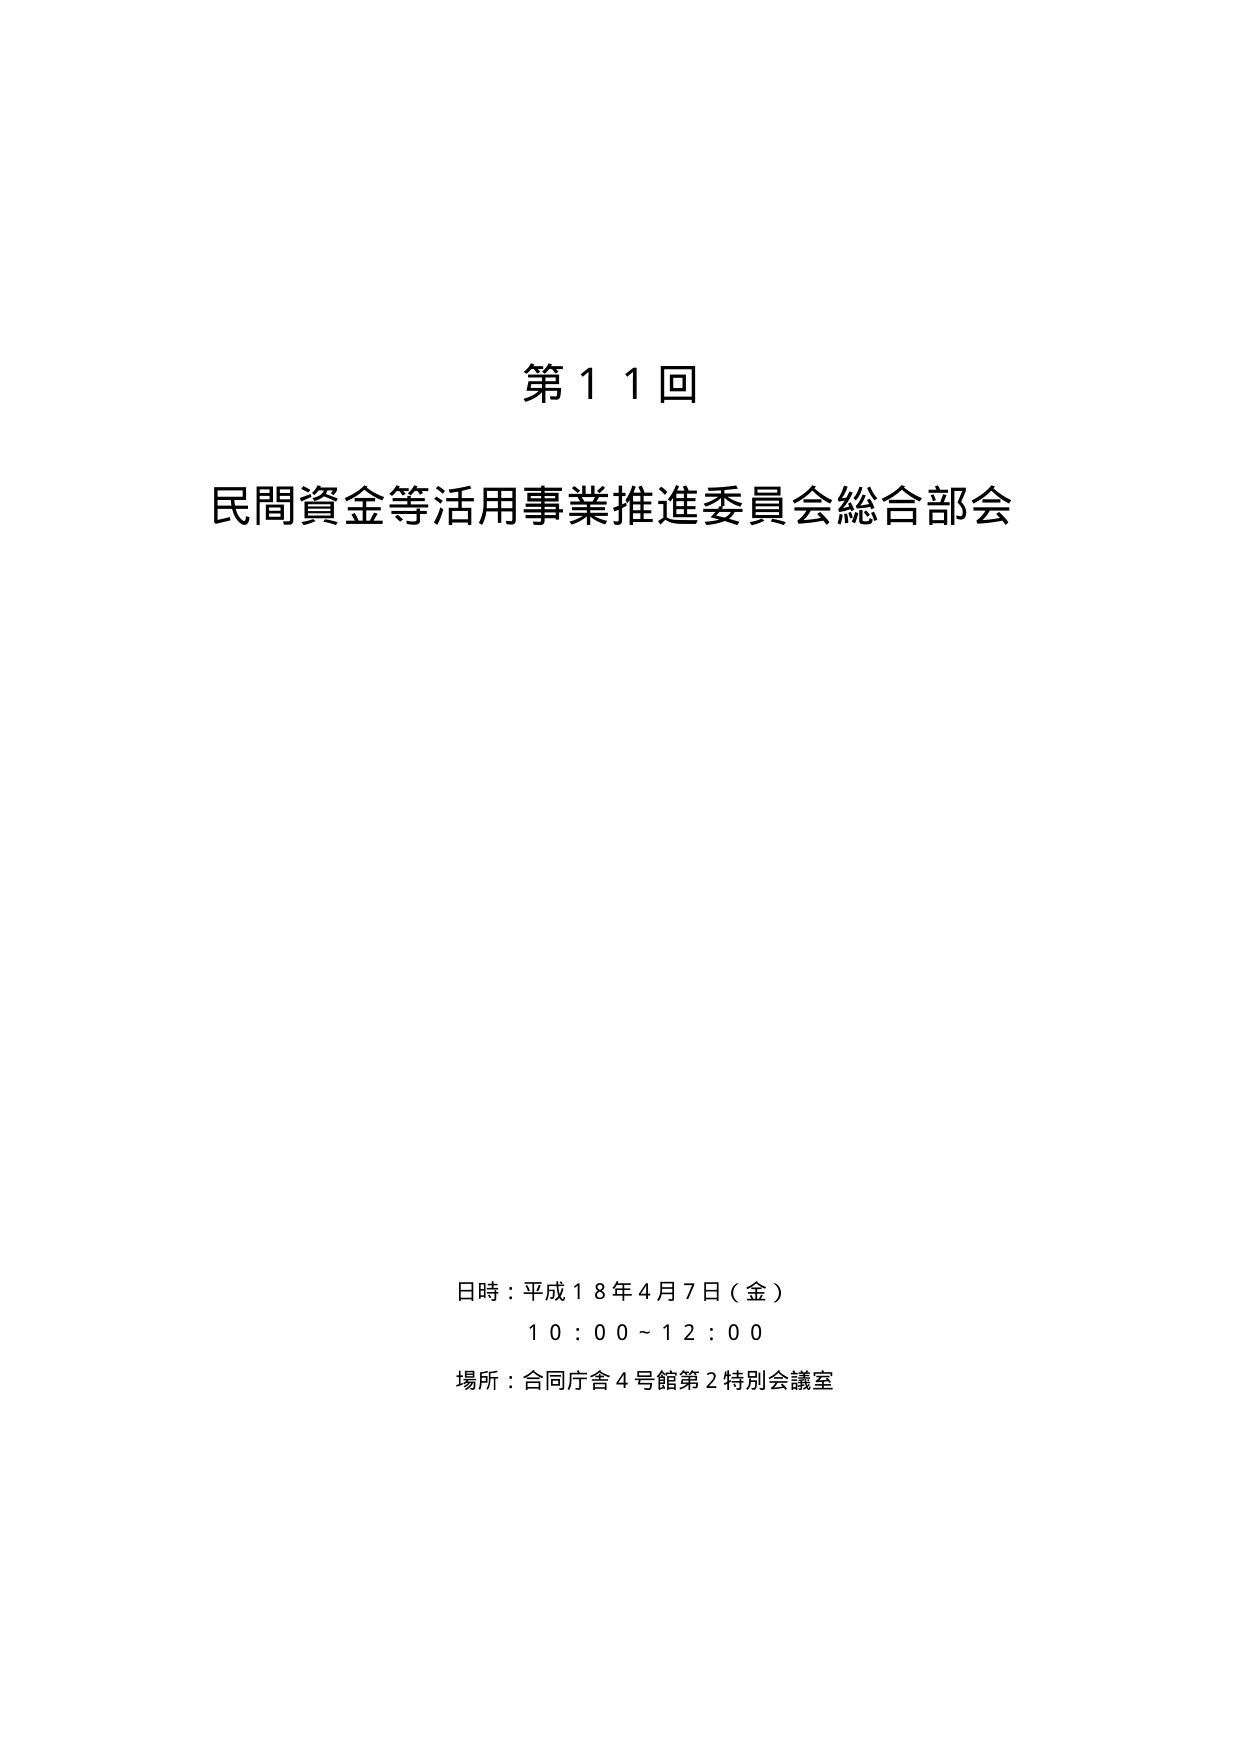
第11回
民間資金等活用事業推進委員会総合部会

日時：平成18年4月7日（金）
10:00～12:00
場所：合同庁舎4号館第2特別会議室